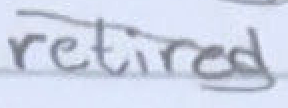
Text: retired
Cross-out: diagonal
Writing tool: pencil